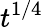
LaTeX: t^{1/4}